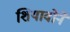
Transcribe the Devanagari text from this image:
शियावोने